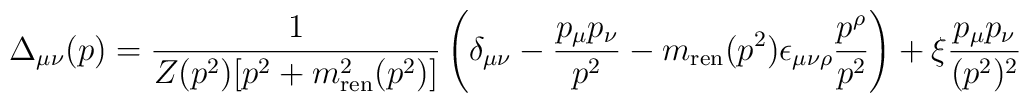
\Delta_{\mu\nu}(p)={1\over Z(p^2)[p^2+m_{\rm ren}^2(p^2)] }\left(\delta_{\mu\nu}-{p_\mu p_\nu\over p^2}-m_{\rm ren}(p^2)\epsilon_{\mu\nu\rho}{p^\rho\over p^2}\right)+\xi{p_\mu p_\nu\over (p^2)^2}